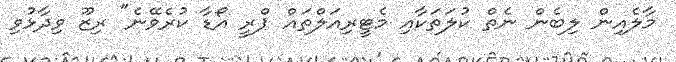
މާލެއިން ލިބެން ނެތް ކުލަތަކާއި މެޓީރިއަލްތައް ޕްރީ އޯޑާ ކުރެވޭނެ" ރިޒޫ ވިދާޅުވި